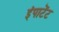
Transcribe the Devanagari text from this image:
इंपाटेंट